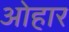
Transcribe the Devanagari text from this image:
ओहार